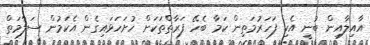
އާއިލާއިން ބުނީ އެކި ފަހަރުމަތިން ކަމާ ބެހޭ ފަރާތްތަކަށް ހުށަހަޅައިގެން އެކަމުން ސަލާމަތް